65_HS1-834228961_62-HQ-83894_Section_10
Agency: FBI
Page 57
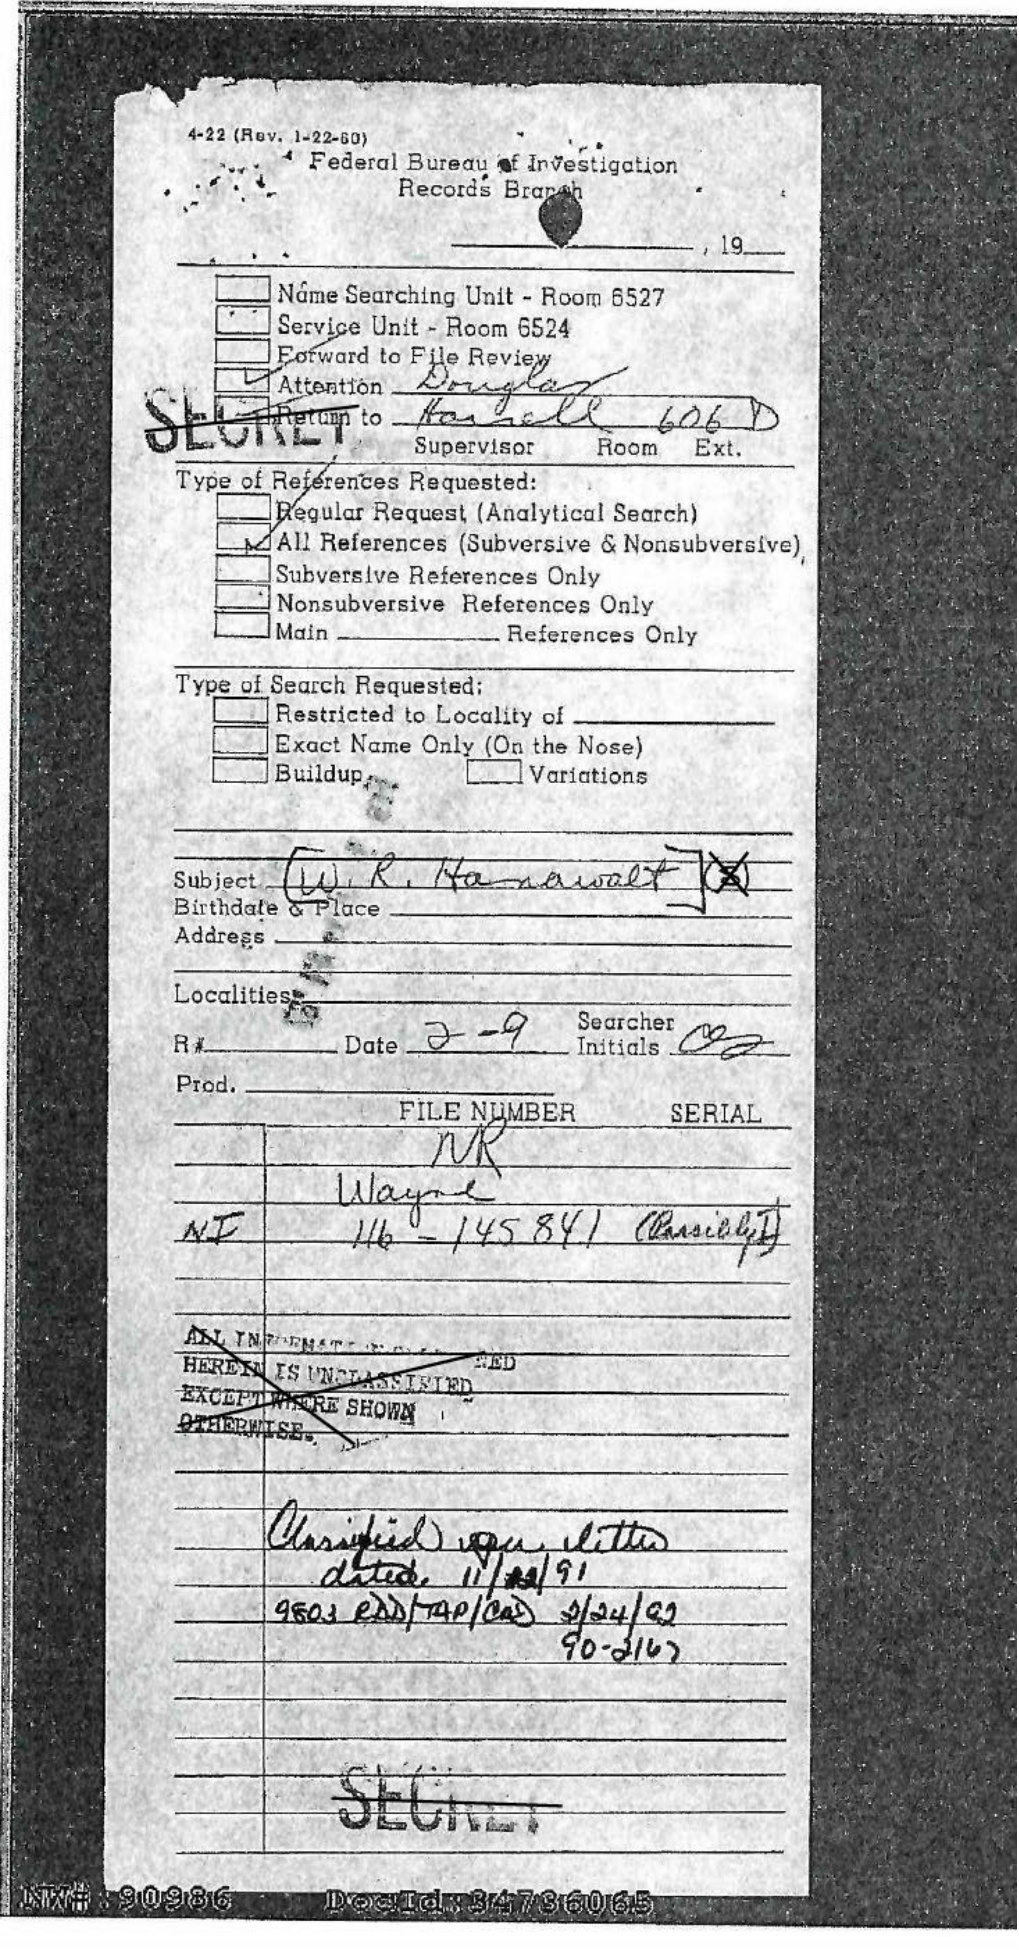